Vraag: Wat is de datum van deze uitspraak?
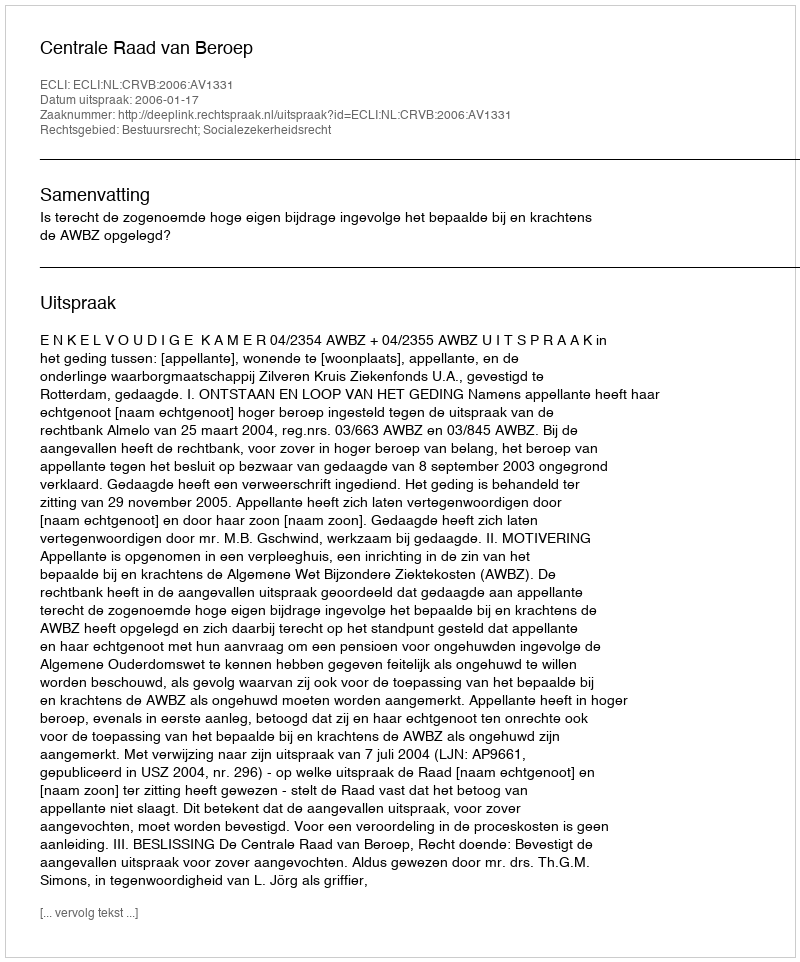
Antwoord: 2006-01-17